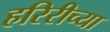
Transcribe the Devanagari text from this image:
हरिरीच्या